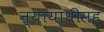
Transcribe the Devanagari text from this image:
न्यायाधीसह